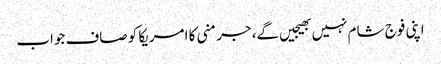
اپنی فوج شام نہیں بھیجیں گے، جرمنی کا امریکا کو صاف جواب